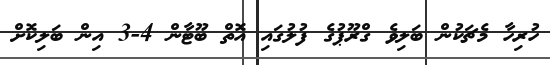
ހުރިހާ މެޗަކުން ބަލިވެ ގްރޫޕުގެ ފުލުގައި އޮތް ބޫޓާން 4-3 އިން ބަލިކޮށް